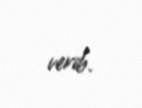
verib.